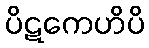
ပိဋကေဟိပိ